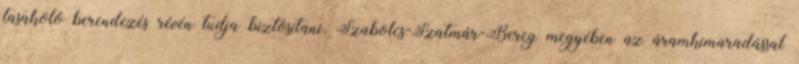
tasakoló berendezés révén tudja biztosítani. Szabolcs-Szatmár-Bereg megyében az áramkimaradással